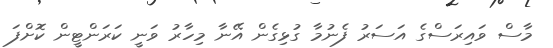
މާސް ވައިރަސްގެ އަސަރު ފެނުމާ ގުޅިގެން އޭނާ މިހާރު ވަނީ ކަރަންޓީން ކޮށްފަ